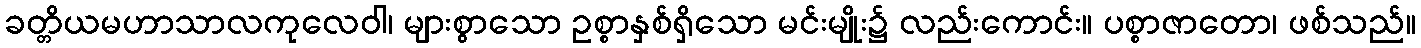
ခတ္တိယမဟာသာလကုလေဝါ၊ များစွာသော ဥစ္စာနှစ်ရှိသော မင်းမျိုး၌ လည်းကောင်း။ ပစ္စာဇာတော၊ ဖစ်သည်။